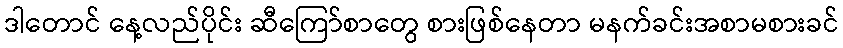
ဒါတောင် နေ့လည်ပိုင်း ဆီကြော်စာတွေ စားဖြစ်နေတာ မနက်ခင်းအစာမစားခင်